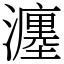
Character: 瀍